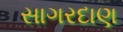
સાગરદાણ